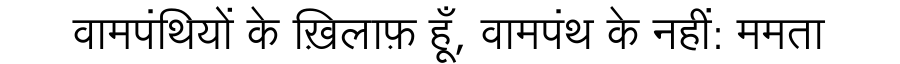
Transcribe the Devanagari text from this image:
वामपंथियों के ख़िलाफ़ हूँ, वामपंथ के नहीं: ममता